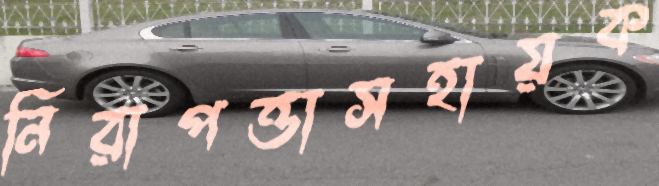
নিরাপত্তাসহায়ক